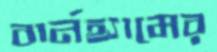
বার্নহ্যামের